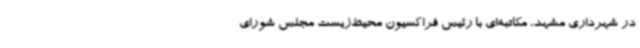
در شهرداری مشهد، مکاتبه‌ای با رئیس فراکسیون محیط‌زیست مجلس شورای